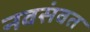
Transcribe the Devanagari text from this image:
नवसंवत